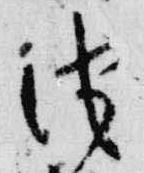
池